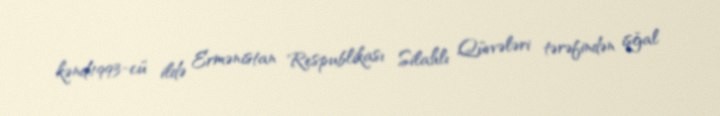
kənd.1993-cü ildə Ermənistan Respublikası Silahlı Qüvvələri tərəfindən işğal